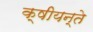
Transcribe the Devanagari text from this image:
क्षीयन्ते